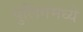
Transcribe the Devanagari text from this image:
पुलिंगमध्ये